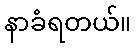
နာခံရတယ်။